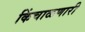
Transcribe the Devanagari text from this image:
किंचाळणारी